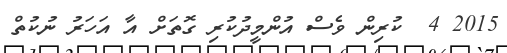
2015 4  ކުރިން ވެސް އުންމީދުކުރި ގޮތަށް އާ އަހަރު ނުކުތް